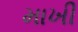
માખી